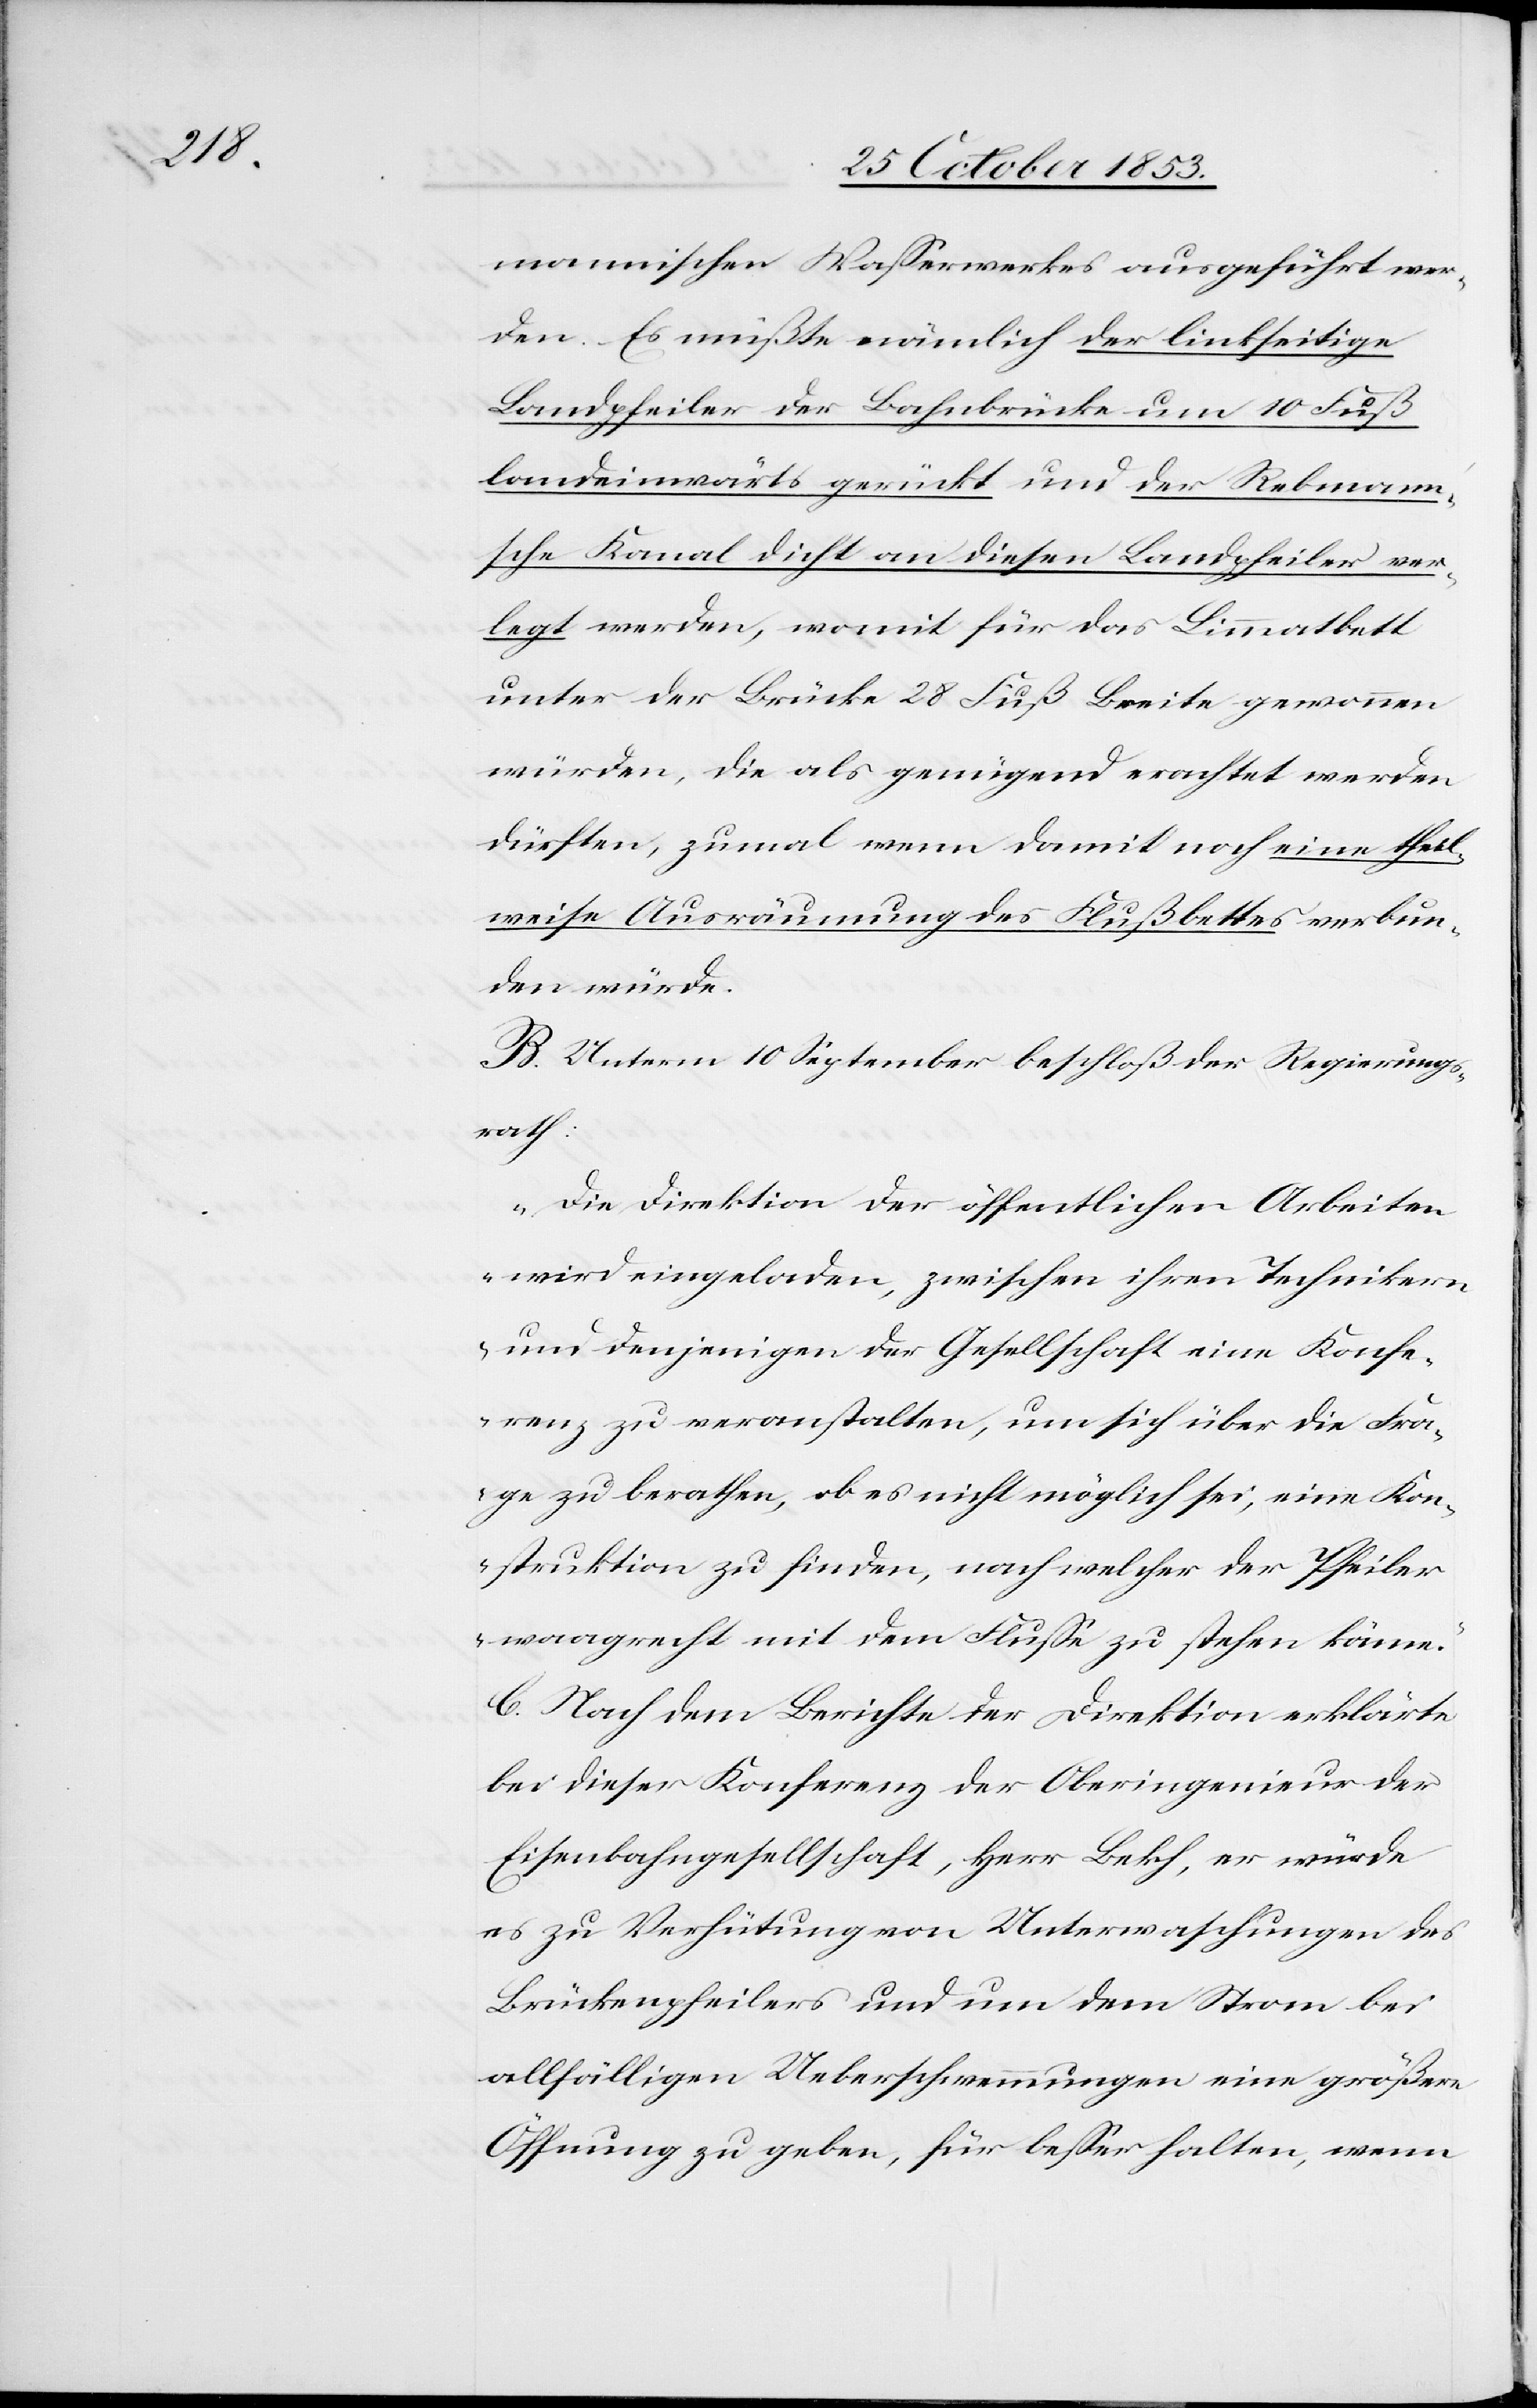
mannischen Waßerwerkes ausgeführt wer¬
den. Es müßte nämlich der linkseitige
Landpfeiler der Bahnbrücke um 10 Fuß
landeinwärts gerückt und der Rebmann’s¬
che Kanal dicht an diesen Landpfeiler ver¬
legt werden, womit für das Limmatbett
unter der Brücke 28 Fuß Breite gewonnen
würden, die als genügend erachtet werden
dürften, zumal wenn damit noch eine theil¬
weise Ausräumung des Flußbettes verbun¬
den würde.
B. Unterm 10 September beschloß der Regierungs¬
rath:
„Die Direktion der öffentlichen Arbeiten
wird eingeladen, zwischen ihren Technikern
und denjenigen der Gesellschaft eine Konfe¬
renz zu veranstalten, um sich über die Fra¬
ge zu berathen, ob es nicht möglich sei, eine Kon¬
struktion zu finden, nach welcher der Pfeiler
waagrecht mit dem Fluße zu stehen käme.“
C. Nach dem Berichte der Direktion erklärte
bei dieser Konferenz der Oberingenieur der
Eisenbahngesellschaft, Herr Bekh, er würde
es zu Verhütung von Unterwaschungen des
Brückenpfeilers und um dem Strom bei
allfälligen Ueberschwemmungen eine größere
Öffnung zu geben, für beßer halten, wenn